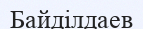
Байділдаев